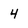
Character: 4